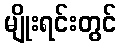
မျိုးရင်းတွင်